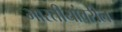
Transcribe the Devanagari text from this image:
भारतीयांवरील